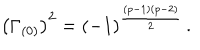
\left( \Gamma _ { ( 0 ) } \right) ^ { 2 } = ( - 1 ) ^ { { \frac { ( p - 1 ) ( p - 2 ) } { 2 } } } \, .